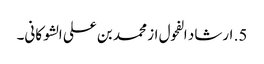
5. ارشاد الفحول از محمد بن علی الشوکانی۔